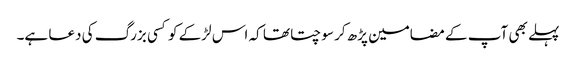
پہلے بھی آپ کے مضامین پڑھ کر سوچتا تھا کہ اس لڑکے کو کسی بزرگ کی دعا ہے۔